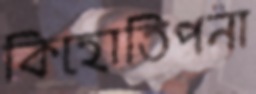
কিহোতিপনা